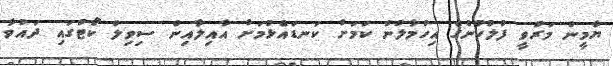
ޔާމީން މަރުވީ ފުލުހުންގެ އިހުމާލުން ކަމަށް ކަނޑައެޅުމަށް އާއިލާއިން ސިވިލް ކޯޓުގައި ދައުވާ